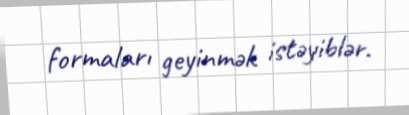
formaları geyinmək istəyiblər.